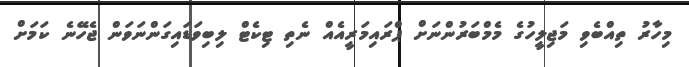
މިހާރު ތިއްބެވި މަޖިލީހުގެ މެމްބަރުންނަށް ޕްރައިމަރީއެއް ނެތި ޓިކެޓް ލިބިވަޑައިގަންނަވަން ޖެހޭނެ ކަމަށް